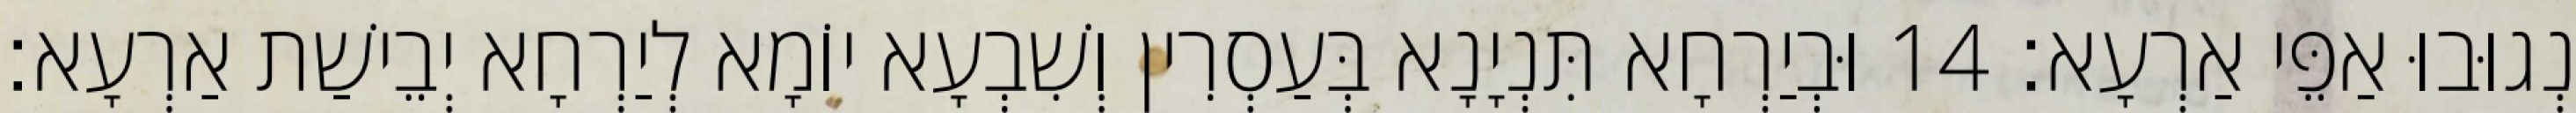
נְגוּבוּ אַפֵּי אַרְעָא׃ 14 וּבְיַרְחָא תִּנְיָנָא בְּעַסְרִין וְשִׁבְעָא יוֹמָא לְיַרְחָא יְבֵישַׁת אַרְעָא׃